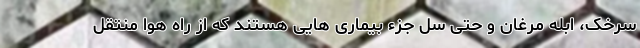
سرخک، ابله مرغان و حتی سل جزء بیماری هایی هستند که از راه هوا منتقل